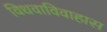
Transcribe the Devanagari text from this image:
विधवाविवाहास